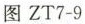
图ZT7-9